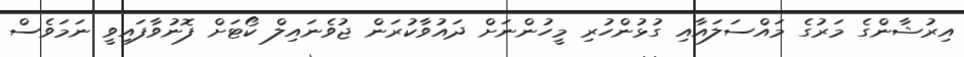
އިރުޝާންގެ މަރުގެ މައްސަލައާއި ގުޅުންހުރި މީހުންނަށް ދައުވާކުރަން ޖުވެނައިލް ކޯޓަށް ފޮނުވާފައިވީ ނަމަވެސް